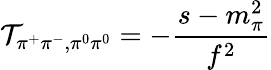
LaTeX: \mathcal{T}_{\pi^{+}\pi^{-},\pi^{0}\pi^{0}}=-\frac{{s-m_{\pi}^{2}}}{{f^{2}}}